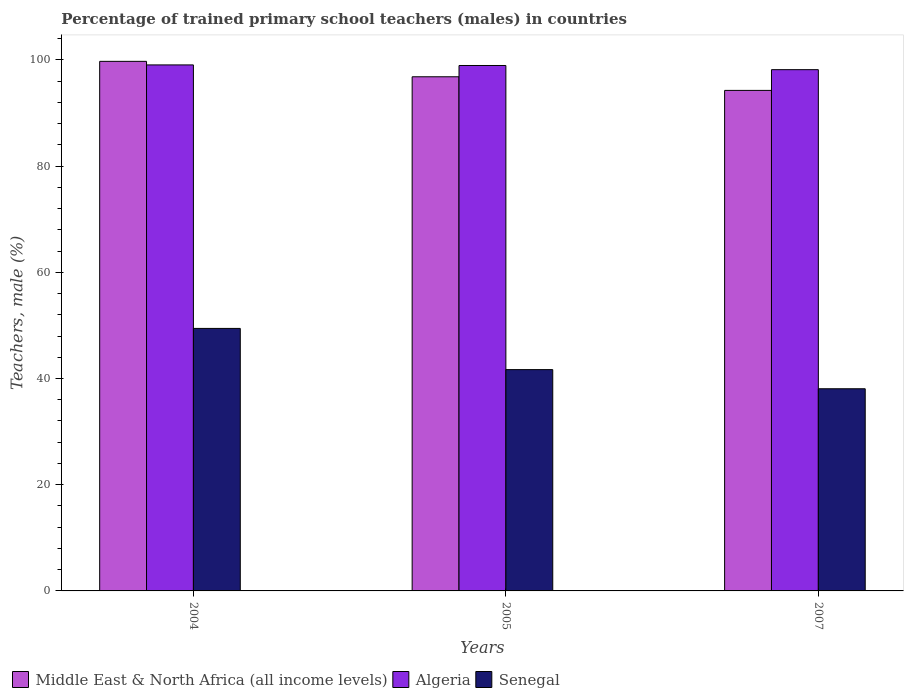
| Years | Middle East & North Africa (all income levels) | Algeria | Senegal |
 | --- | --- | --- | --- |
 | 2004 | 99.7 | 99.1 | 49.4 |
 | 2005 | 96.8 | 98.9 | 41.7 |
 | 2007 | 94.3 | 98.2 | 38.1 |